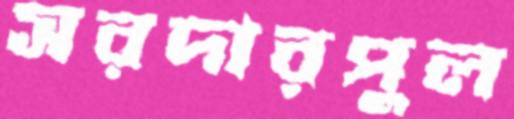
সরদারপুল